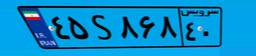
۸۰S۹۶۶۶۶